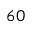
^ { 6 0 }